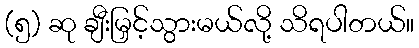
(၅) ဆု ချီးမြှင့်သွားမယ်လို့ သိရပါတယ်။